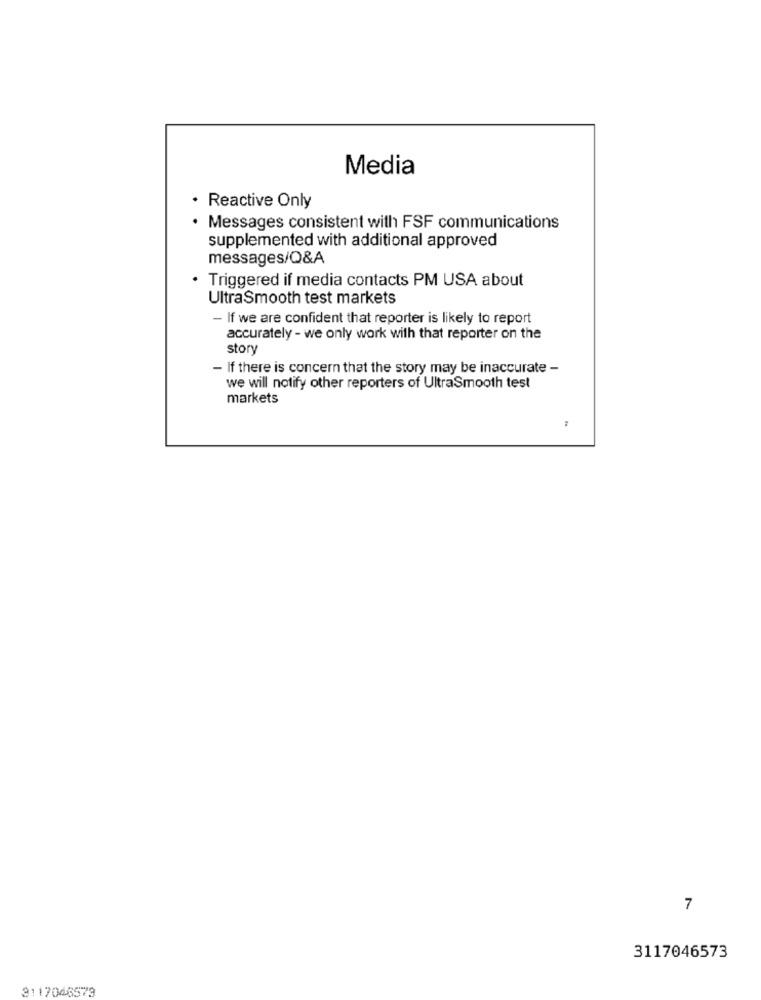
Media
· Reactive Only
· Messages consistent with FSF communications
supplemented with additional approved
messages/Q&A
Triggered if media contacts PM USA about
UltraSmooth test markets
- If we are confident that reporter is likely to report
accurately - we only work with that reporter on the
story
- If there is concern that the story may be inaccurate -
we will notify other reporters of UltraSmooth test
markets
7
3117046573
3117046579